画像に写った文字を読んでください
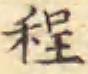
「程」と書いてあります